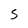
Character: S